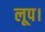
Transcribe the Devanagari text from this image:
लूप।